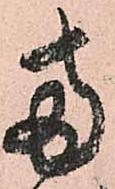
両